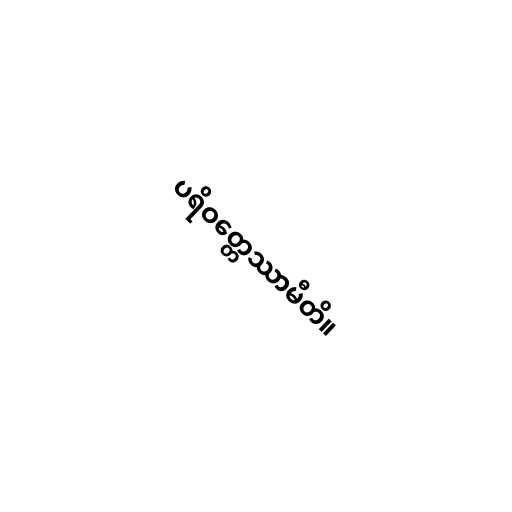
ပရိဝတ္တေဿာမီတိ။